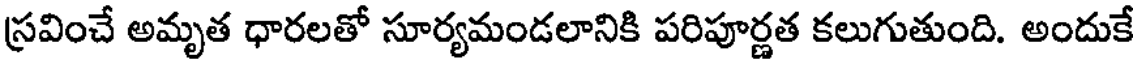
స్రవించే అమృత ధారలతో సూర్యమండలానికి పరిపూర్ణత కలుగుతుంది. అందుకే